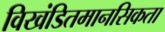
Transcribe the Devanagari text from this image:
विखंडितमानसिकता